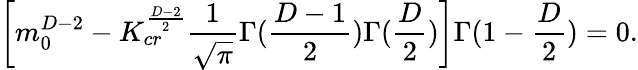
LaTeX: \left[m_{0}^{D-2}-K_{cr}^{\frac{D-2}{2}}\frac{1}{\sqrt{\pi}}\Gamma(\frac{D-1}{2})\Gamma(\frac{D}{2})\right]\Gamma(1-\frac{D}{2})=0.